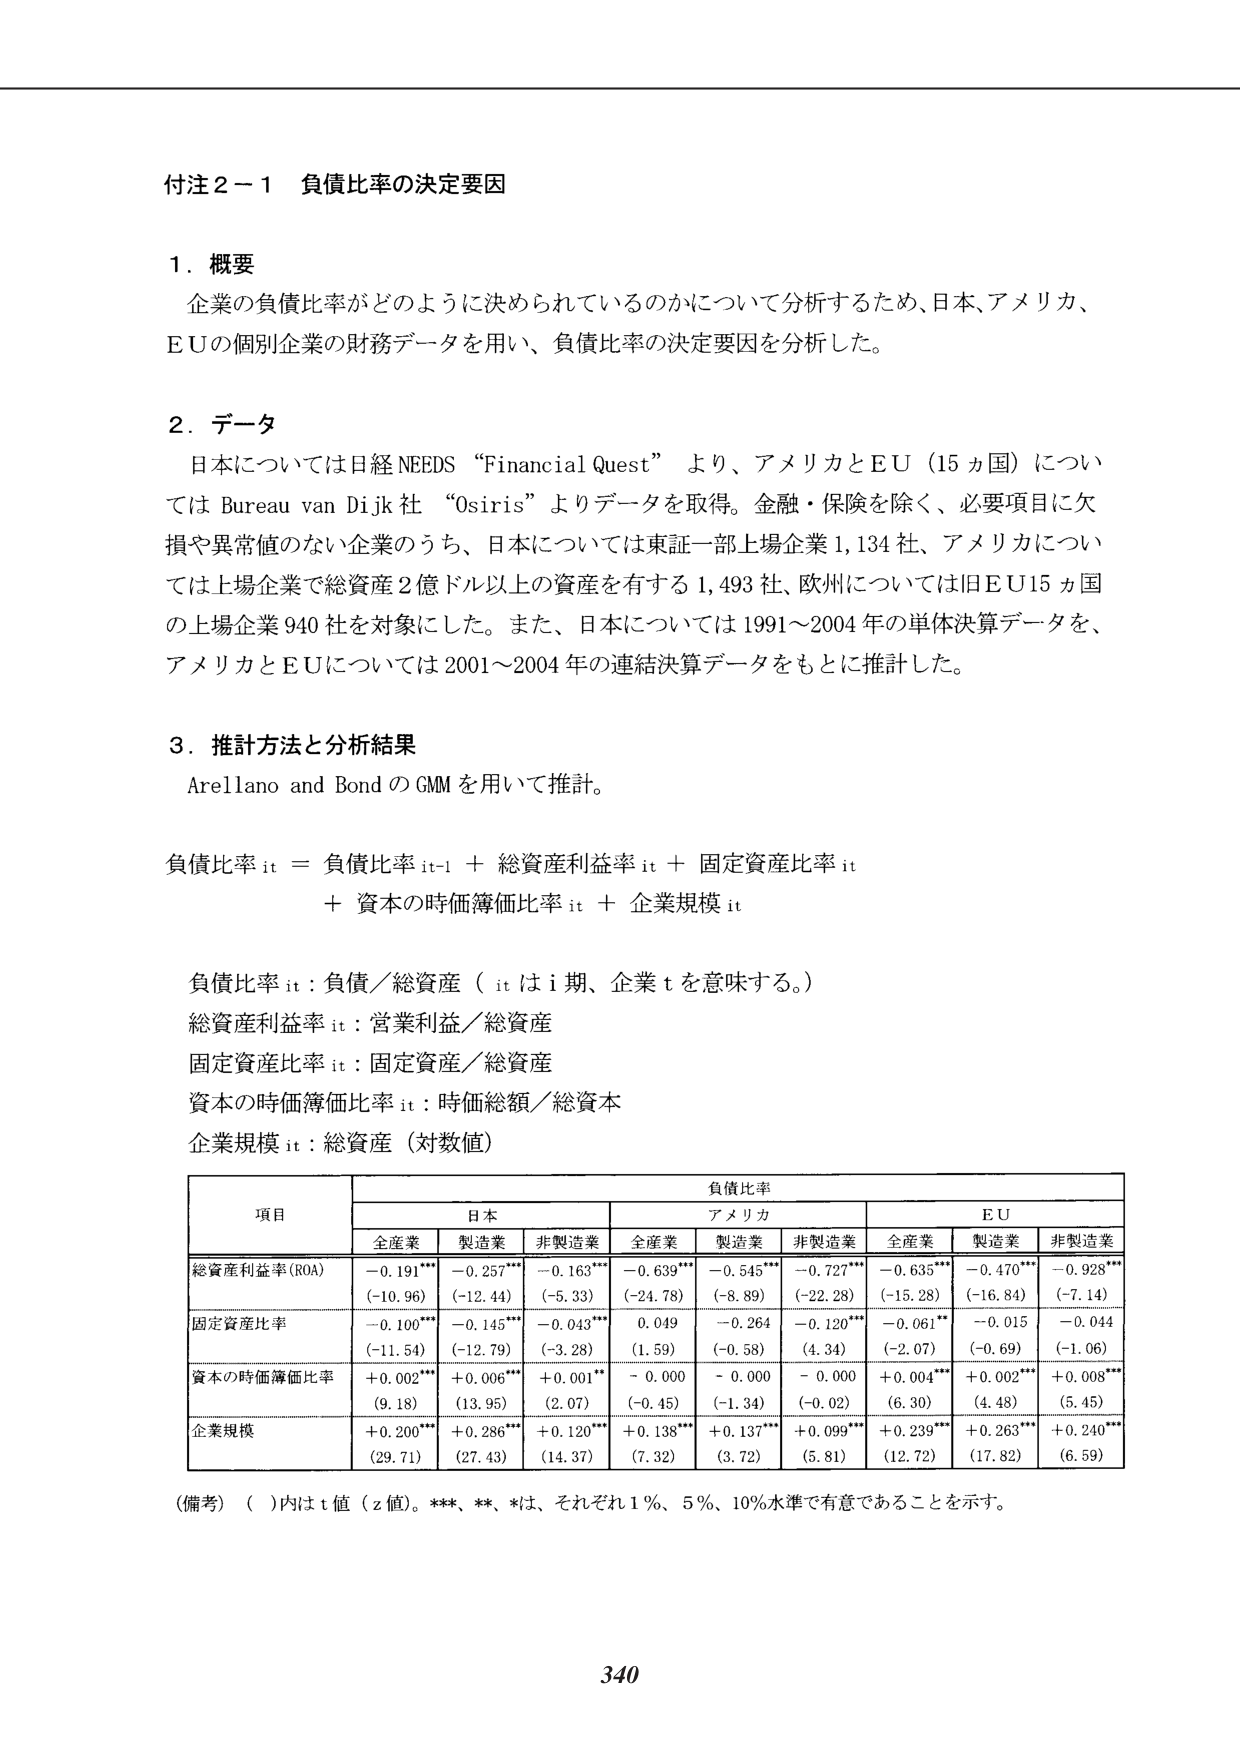
付注２－１ 負債比率の決定要因

１．概要
企業の負債比率がどのように決められているのかについて分析するため、日本、アメリカ、
ＥＵの個別企業の財務データを用い、負債比率の決定要因を分析した。

２．データ
日本については日経NEEDS “Financial Quest” より、アメリカとＥＵ（15ヵ国）につい
てはBureau van Dijk社 “Osiris” よりデータを取得。金融・保険を除く、必要項目に欠
損や異常値のない企業のうち、日本については東証一部上場企業1,134社、アメリカについ
ては上場企業で総資産2億ドル以上の資産を有する1,493社、欧州については旧ＥＵ15ヵ国
の上場企業940社を対象にした。また、日本については1991～2004年の単体決算データを、
アメリカとＥＵについては2001～2004年の連結決算データをもとに推計した。

３．推計方法と分析結果
Arellano and BondのGMMを用いて推計。

負債比率 it ＝ 負債比率 it-1 ＋ 総資産利益率 it ＋ 固定資産比率 it
＋ 資本の時価簿価比率 it ＋ 企業規模 it

負債比率 it：負債／総資産（itはi期、企業tを意味する。）
総資産利益率 it：営業利益／総資産
固定資産比率 it：固定資産／総資産
資本の時価簿価比率 it：時価総額／総資本
企業規模 it：総資産（対数値）

　　　　　　　　　　　　　　　　　　　　　　　　　　　　負債比率
　　　　　　　　　　　　　　　　　　　　　　　　　　　　　　　　　　日本　　　　　　　　　　　　　　　　　　　　　　　　　　　　　　　　　　　アメリカ　　　　　　　　　　　　　　　　　　　　　　　　　　　　　　　　　　　ＥＵ
　　　　　　　　　　　　　　　　　　　　　　　　　　　全産業　　製造業　　非製造業　　全産業　　製造業　　非製造業　　全産業　　製造業　　非製造業
項目
総資産利益率（ROA）　　－0.191***　　－0.257***　　－0.163***　　－0.639***　　－0.545***　　－0.727***　　－0.635***　　－0.470***　　－0.928***
　　　　　　　　　　　　（－10.96）　　（－12.44）　　（－5.33）　　（－24.78）　　（－8.89）　　（－22.28）　　（－15.28）　　（－16.84）　　（－7.14）
固定資産比率　　　　　　－0.100***　　－0.145***　　－0.043***　　0.049　　　　－0.264　　　　－0.120***　　－0.061**　　－0.015　　　　－0.044
　　　　　　　　　　　　（－11.54）　　（－12.79）　　（－3.28）　　（1.59）　　　（－0.58）　　（4.34）　　　（－2.07）　　（－0.69）　　（－1.06）
資本の時価簿価比率　　　＋0.002***　　＋0.006***　　＋0.001**　　－0.000　　　　－0.000　　　　－0.000　　　　＋0.004***　　＋0.002***　　＋0.008***
　　　　　　　　　　　　（9.18）　　　（13.95）　　　（2.07）　　　（－0.45）　　（－1.34）　　（－0.02）　　（6.30）　　　（4.48）　　　（5.45）
企業規模　　　　　　　　＋0.200***　　＋0.286***　　＋0.120***　　＋0.138***　　＋0.137***　　＋0.099***　　＋0.239***　　＋0.263***　　＋0.240***
　　　　　　　　　　　　（29.71）　　　（27.43）　　　（14.37）　　　（7.32）　　　（3.72）　　　（5.81）　　　（12.72）　　　（17.82）　　　（6.59）

（備考）（　）内はｔ値（ｚ値）。***、**、*は、それぞれ1％、5％、10％水準で有意であることを示す。

340